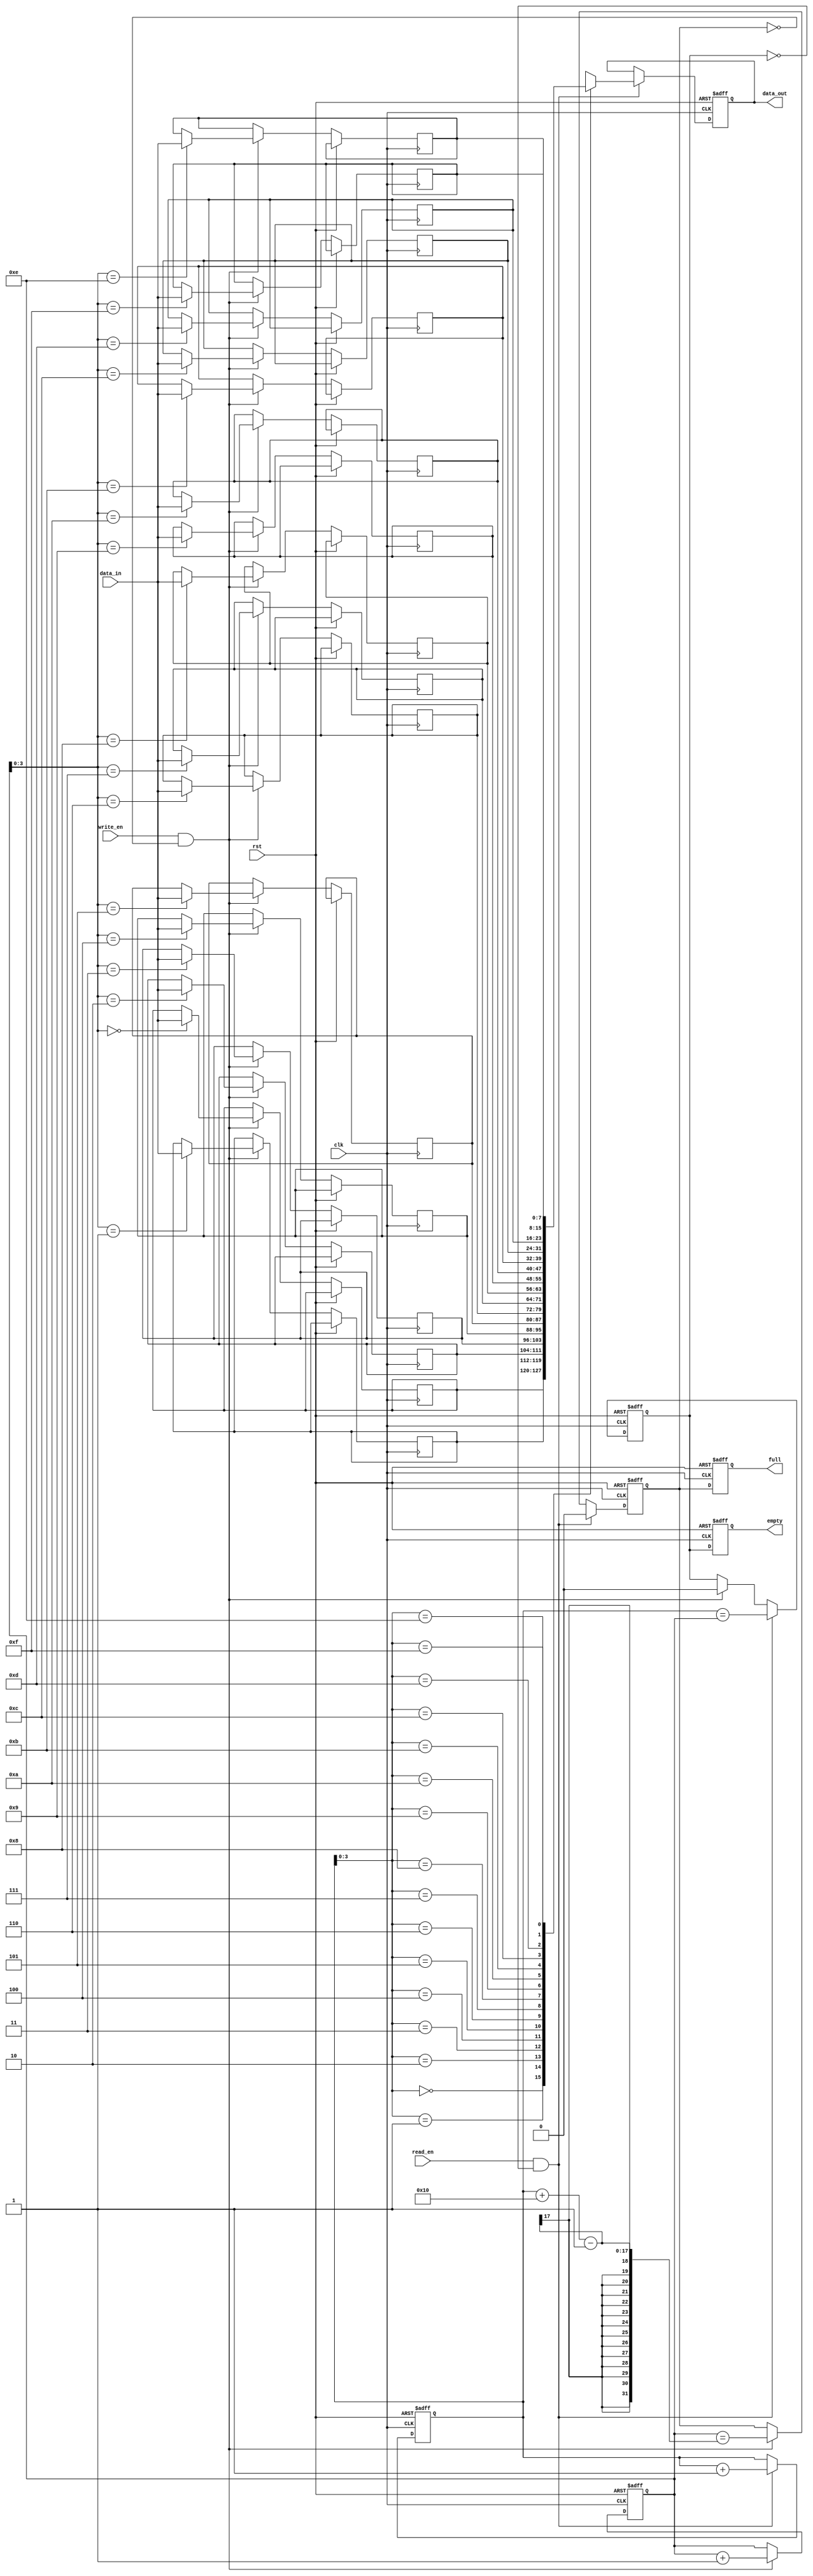
module synchronous_fifo (
    input wire clk,
    input wire rst,
    input wire write_en,
    input wire read_en,
    input wire [WIDTH-1:0] data_in,
    output reg [WIDTH-1:0] data_out,
    output reg full,
    output reg empty
);

parameter WIDTH = 8;
parameter DEPTH = 16;

reg [WIDTH-1:0] buffer [0:DEPTH-1];
reg [DEPTH-1:0] write_ptr;
reg [DEPTH-1:0] read_ptr;

integer i;
reg full_reg;
reg empty_reg;

always @(posedge clk or posedge rst) begin
    if (rst) begin
        write_ptr <= 0;
        read_ptr <= 0;
        full_reg <= 0;
        empty_reg <= 1;
        full <= 0;
        empty <= 1;
        data_out <= 0;
    end else begin
        if (write_en && !full_reg) begin
            buffer[write_ptr] <= data_in;
            write_ptr <= write_ptr + 1;
            full_reg <= (write_ptr == read_ptr + DEPTH-1);
            empty_reg <= 0;
        end
        
        if (read_en && !empty_reg) begin
            data_out <= buffer[read_ptr];
            read_ptr <= read_ptr + 1;
            empty_reg <= (read_ptr == write_ptr);
            full_reg <= 0;
        end
        
        full <= full_reg;
        empty <= empty_reg;
    end
end

endmodule